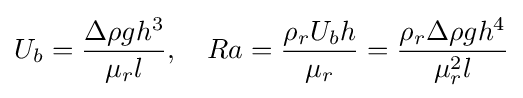
U_{b}={\frac {\Delta \rho gh^{3}}{\mu _{r}l}},\quad Ra={\frac {\rho _{r}U_{b}h}{\mu _{r}}}={\frac {\rho _{r}\Delta \rho gh^{4}}{\mu _{r}^{2}l}}